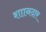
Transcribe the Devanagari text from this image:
शाानदार